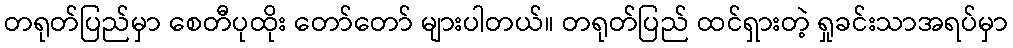
တရုတ်ပြည်မှာ စေတီပုထိုး တော်တော် များပါတယ်။ တရုတ်ပြည် ထင်ရှားတဲ့ ရှုခင်းသာအရပ်မှာ